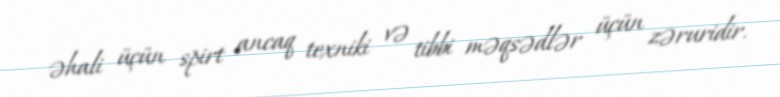
əhali üçün spirt ancaq texniki və tibbi məqsədlər üçün zəruridir.